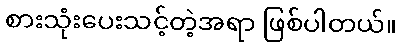
စားသုံးပေးသင့်တဲ့အရာ ဖြစ်ပါတယ်။